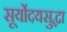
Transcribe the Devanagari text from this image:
सूर्योदयसुद्धा